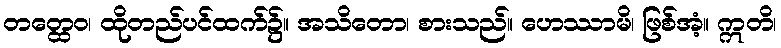
တတ္ထေဝ၊ ထိုတည်ပင်ထက်၌။ အသိတော၊ စားသည်။ ဟေဿာမိ၊ ဖြစ်အံ့။ ဣတိ၊